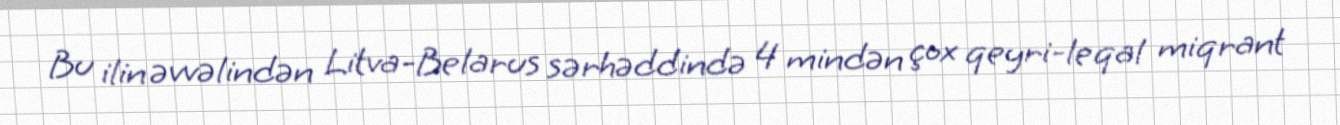
Bu ilin əvvəlindən Litva-Belarus sərhəddində 4 mindən çox qeyri-leqal miqrant